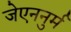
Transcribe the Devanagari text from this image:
जेएननुर्म